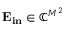
\mathbf { E _ { i n } } \in \mathbb { C } ^ { M ^ { 2 } }